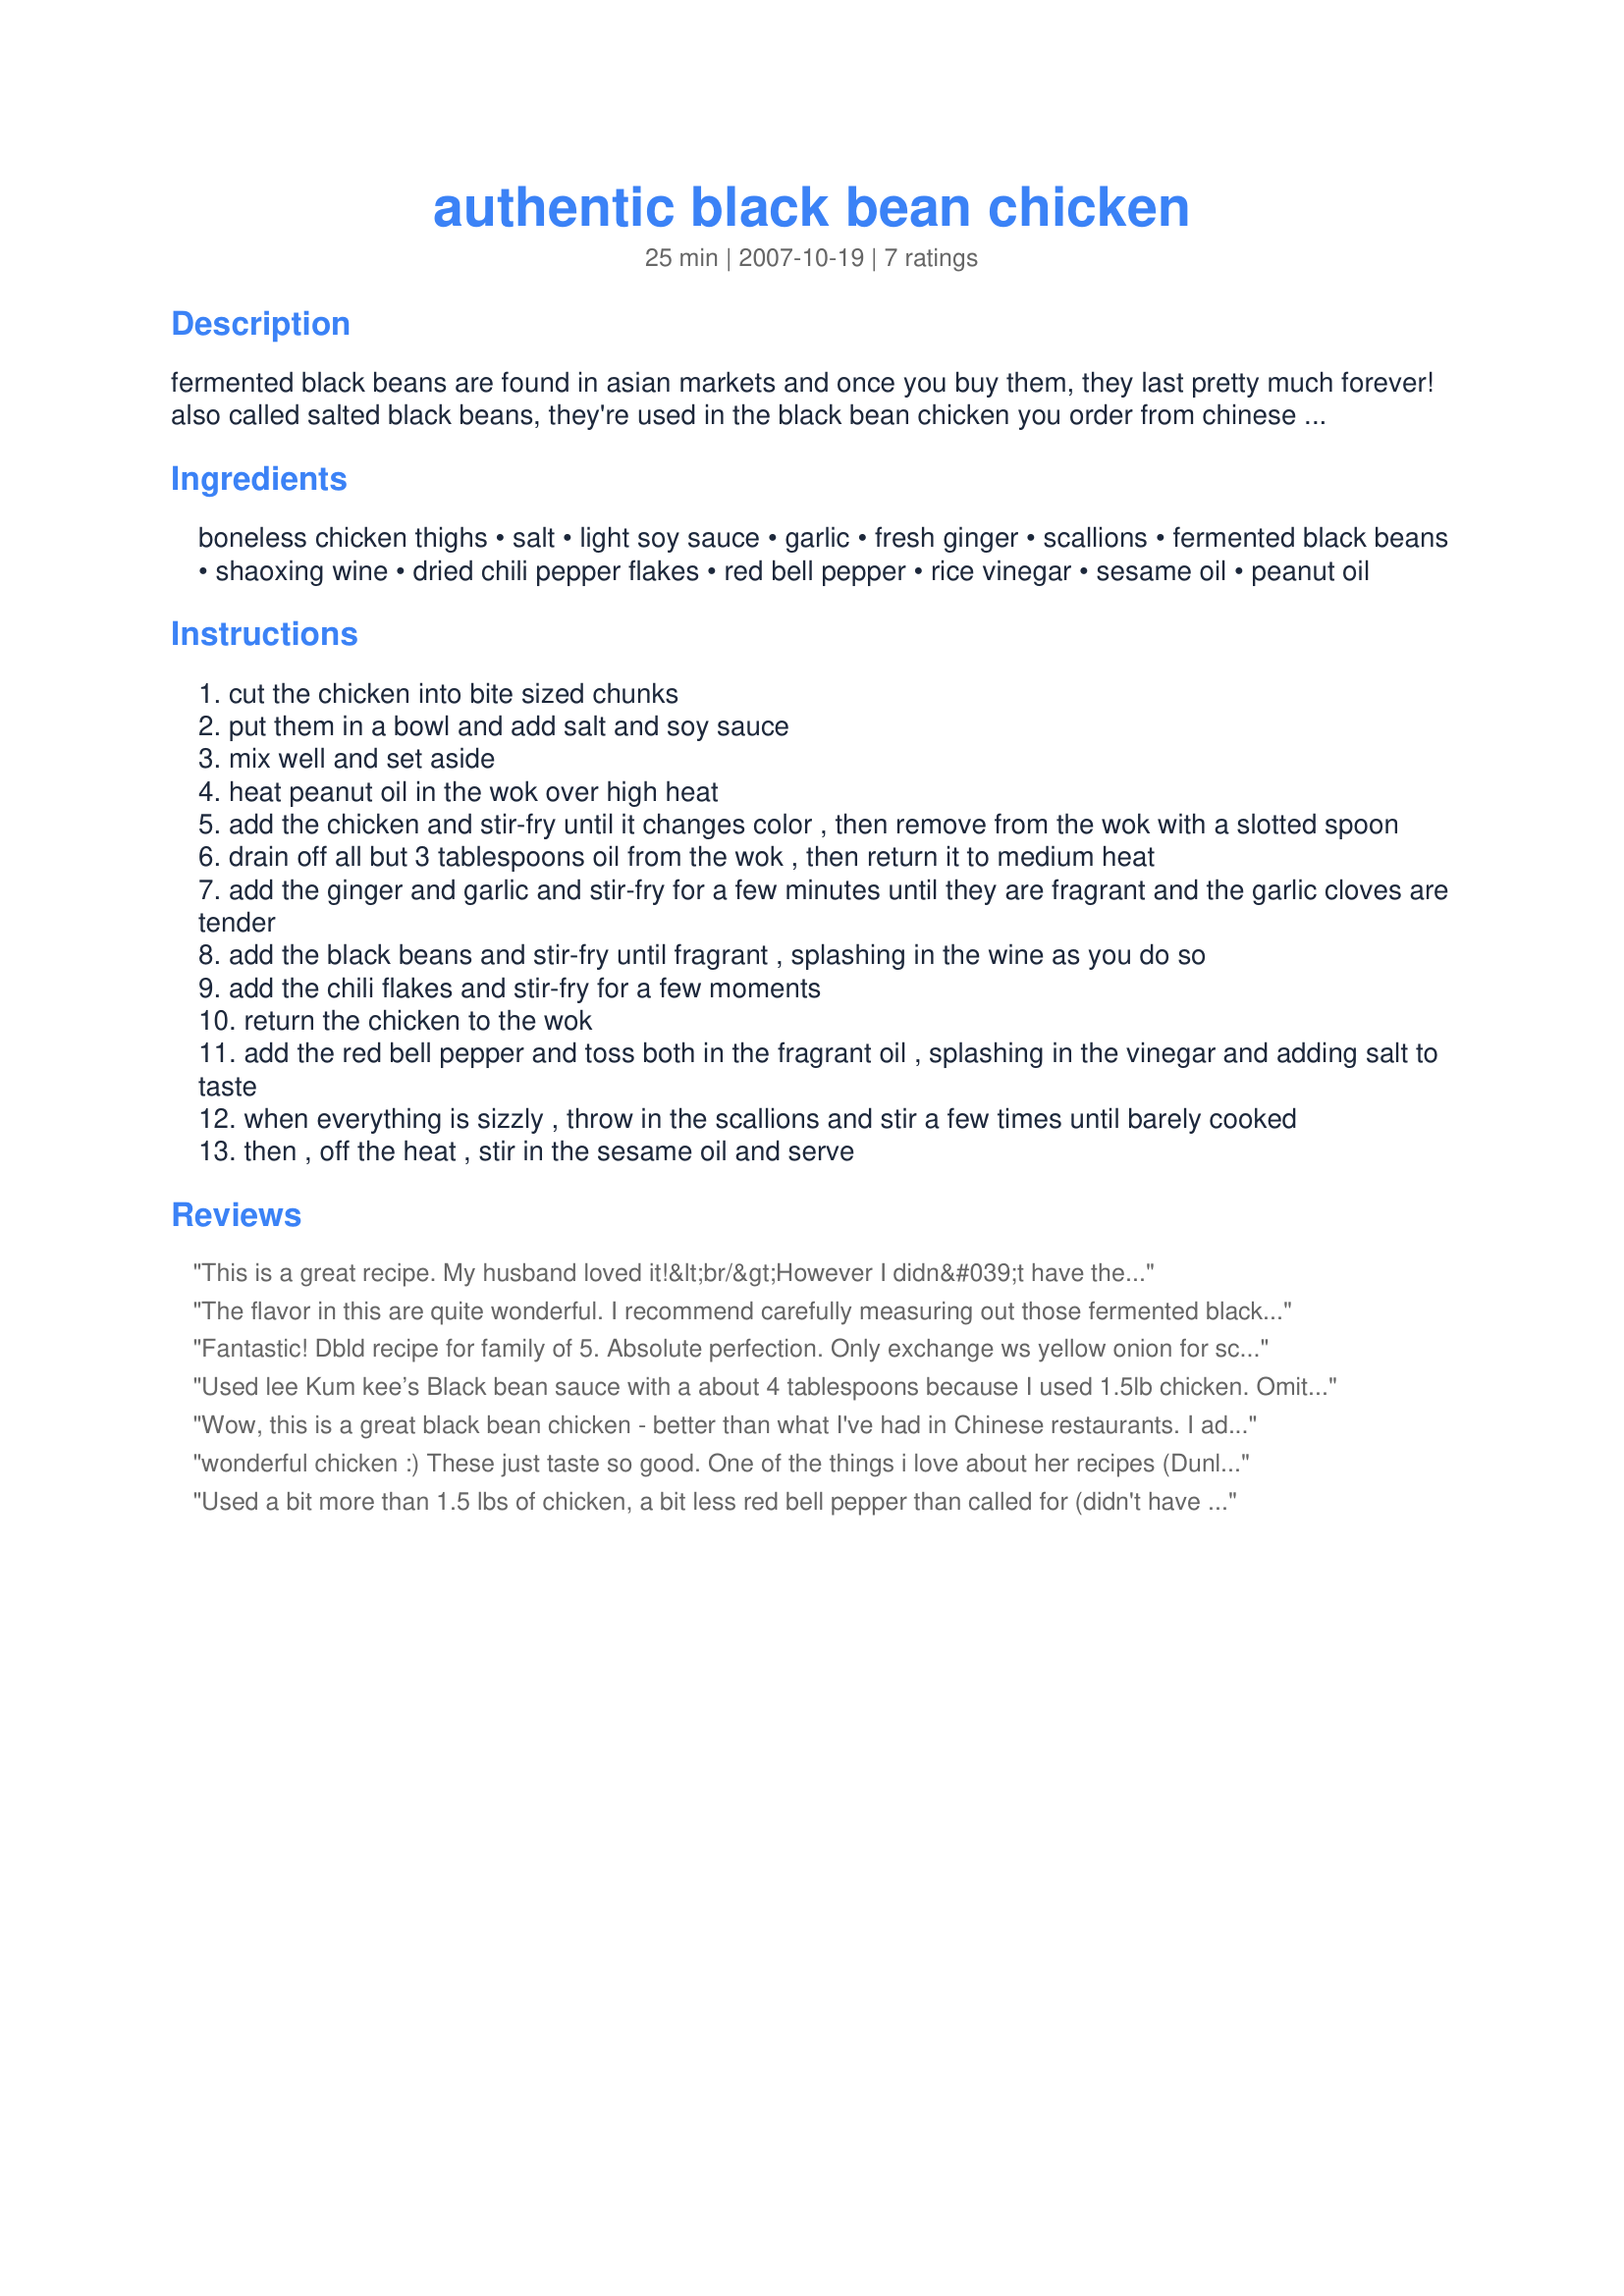
authentic black bean chicken
Preparation time: 25 minutes

fermented black beans are found in asian markets and once you buy them, they last pretty much forever! also called salted black beans, they're used in the black bean chicken you order from chinese take-out and has a much different flavor than the mexican type of black beans. from chef fuchsia dunlop with my addition of some red pepper for color! also check out my review of recipe#247607.

Ingredients:
boneless chicken thighs, salt, light soy sauce, garlic, fresh ginger, scallions, fermented black beans, shaoxing wine, dried chili pepper flakes, red bell pepper, rice vinegar, sesame oil, peanut oil

Steps:
cut the chicken into bite sized chunks
put them in a bowl and add salt and soy sauce
mix well and set aside
heat peanut oil in the wok over high heat
add the chicken and stir-fry until it changes color , then remove from the wok with a slotted spoon
drain off all but 3 tablespoons oil from the wok , then return it to medium heat
add the ginger and garlic and stir-fry for a few minutes until they are fragrant and the garlic cloves are tender
add the black beans and stir-fry until fragrant , splashing in the wine as you do so
add the chili flakes and stir-fry for a few moments
return the chicken to the wok
add the red bell pepper and toss both in the fragrant oil , splashing in the vinegar and adding salt to taste
when everything is sizzly , throw in the scallions and stir a few times until barely cooked
then , off the heat , stir in the sesame oil and serve

Reviews:
This is a great recipe. My husband loved it!&lt;br/&gt;However I didn&#039;t have the fermented black beans so I substituted that with the Lee Kum Kee black bean sauce. I applied the same 4 tbsp though I think 3 will be suffice. No additional salt needed for marinating as the Lee Kum Kee sauce is salty
The flavor in this are quite wonderful. I recommend carefully measuring out those fermented black beans and don't go over the recommended amount in order to keep the balance in check!:) Made for Chinese and Vietnamese New Year's Tag.
Fantastic! Dbld recipe for family of 5. Absolute perfection. Only exchange ws yellow onion for scallions-didnt hv on hand.
Used lee Kum kee’s Black bean sauce with a about 4 tablespoons because I used 1.5lb chicken. Omitted salt. Used red wine vinegar instead of sherry/ white wine and vinegar because I didn’t have them on hand. DELICIOUS. Not a very Americanized Asian recipe and definitely satisfied my Malaysian taste buds!
Wow, this is a great black bean chicken - better than what I've had in Chinese restaurants. I added a few more veggies, so I splashed in a bit more sherry, a bit more vinegar...just delicious! Thanks for posting!
wonderful chicken :)

These just taste so good. One of the things i love about her recipes (Dunlops) is how she takes the simple ingredients and turns them into flavor wonders. Made for the asian forum tag.
Used a bit more than 1.5 lbs of chicken, a bit less red bell pepper than called for (didn't have it), and added a quartered onion (added and stir-fried for a few minutes before the garlic and ginger). Adjusted all ingredients for the increased volume of chicken. Chose not to rinse the beans while omitting the salt. Excellent. Might give the beans a quick rinse next time and still omit the salt. We liked the onion. The large pieces of garlic (used a bit less than a head and a half of garlic) were overwhelming when eaten. When I make this again (and I will), I'll use two or three cloves, minced, added with the black beans.
